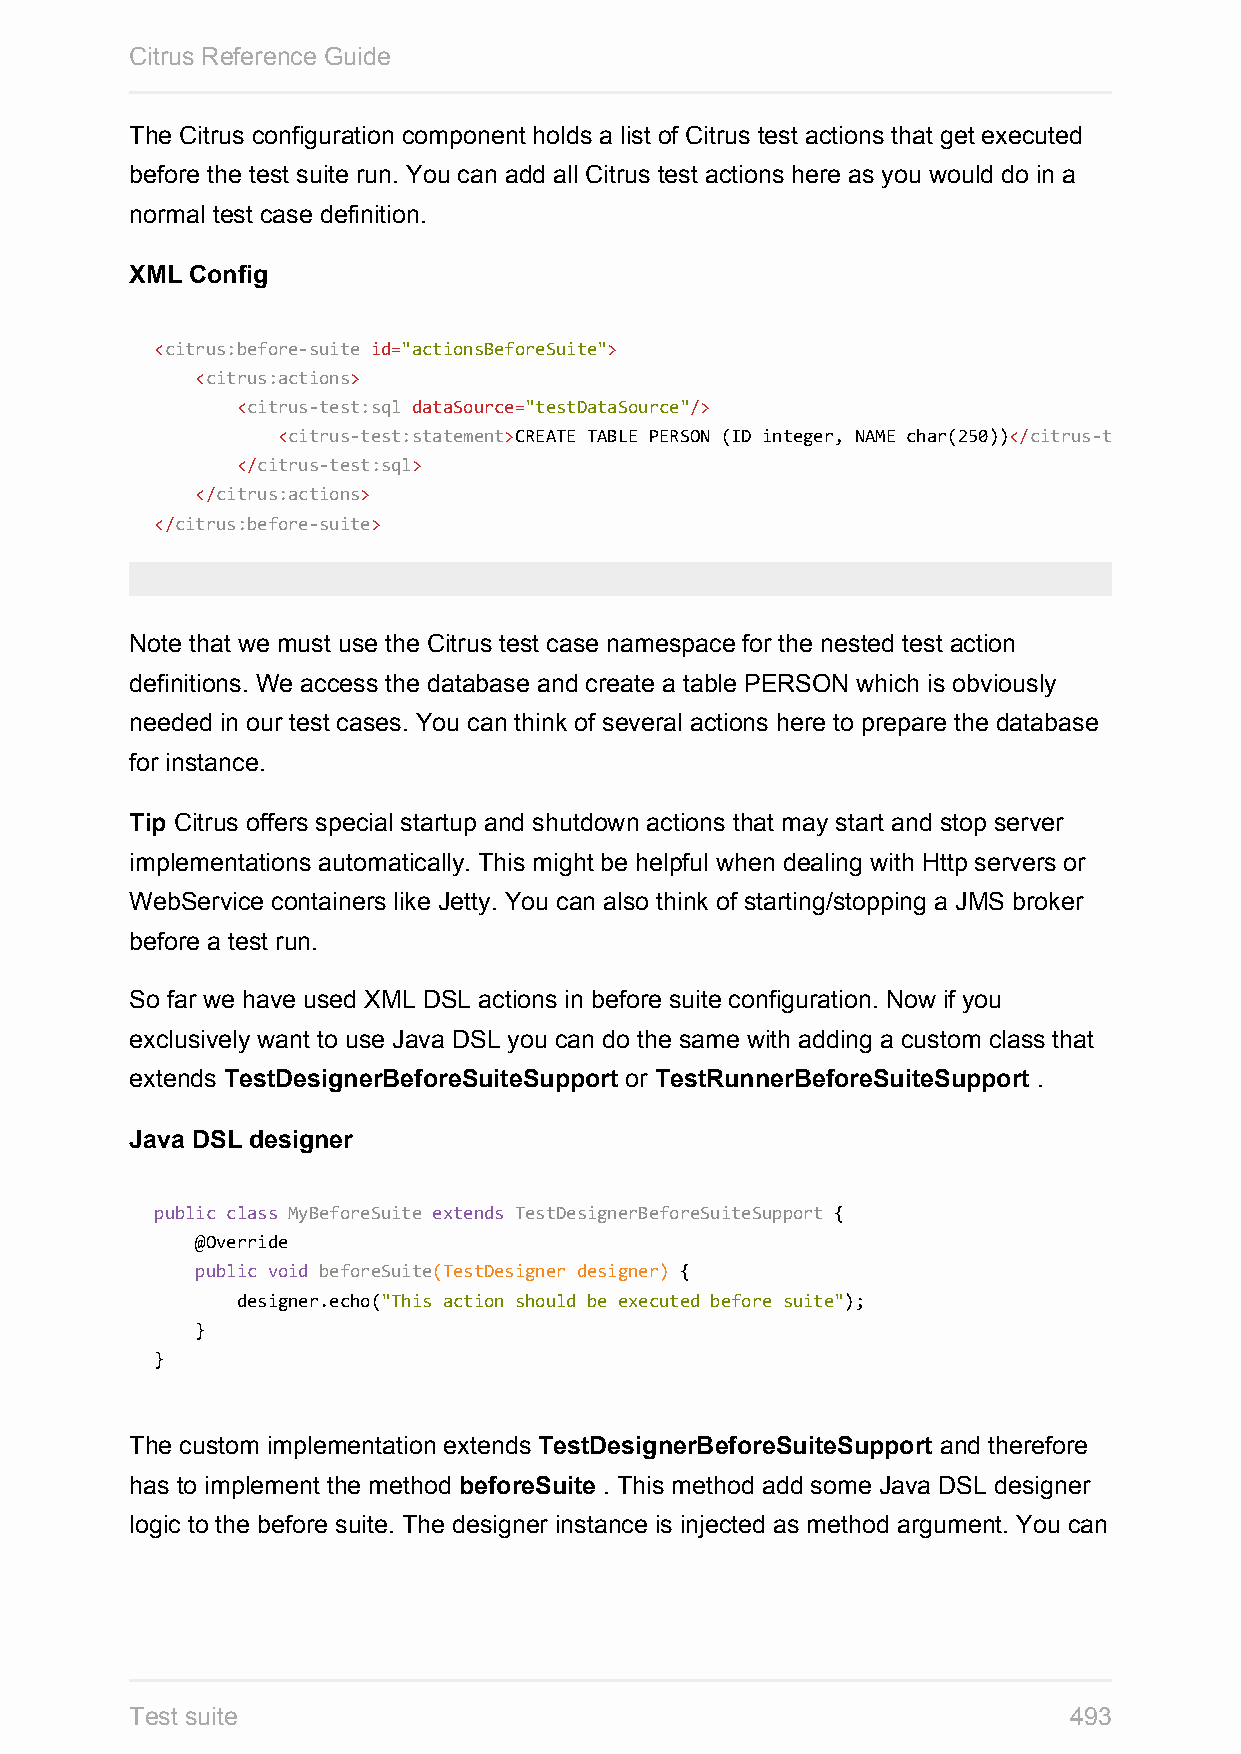
Citrus Reference Guide
 The Citrus configuration component holds a list of Citrus test actions that get executed
 before the test suite run. You can add all Citrus test actions here as you would do in a
 normal test case definition.
 XML Config
 <citrus:before-suite id="actionsBeforeSuite">
 <citrus:actions>
 <citrus-test:sql dataSource="testDataSource"/>
 <citrus-test:statement>CREATE TABLE PERSON (ID integer, NAME char(250))</citrus-test:statement
 </citrus-test:sql>
 </citrus:actions>
 </citrus:before-suite>
 Note that we must use the Citrus test case namespace for the nested test action
 definitions. We access the database and create a table PERSON which is obviously
 needed in our test cases. You can think of several actions here to prepare the database
 for instance.
 Tip Citrus offers special startup and shutdown actions that may start and stop server
 implementations automatically. This might be helpful when dealing with Http servers or
 WebService containers like Jetty. You can also think of starting/stopping a JMS broker
 before a test run.
 So far we have used XML DSL actions in before suite configuration. Now if you
 exclusively want to use Java DSL you can do the same with adding a custom class that
 extends TestDesignerBeforeSuiteSupport or TestRunnerBeforeSuiteSupport .
 Java DSL designer
 public class MyBeforeSuite extends TestDesignerBeforeSuiteSupport {
 @Override
 public void beforeSuite(TestDesigner designer) {
 designer.echo("This action should be executed before suite");
 }
 }
 The custom implementation extends TestDesignerBeforeSuiteSupport and therefore
 has to implement the method beforeSuite . This method add some Java DSL designer
 logic to the before suite. The designer instance is injected as method argument. You can
 Test suite                                                    493